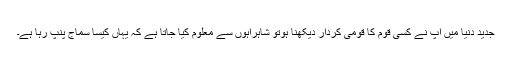
جدید دنیا میں آپ نے کسی قوم کا قومی کردار دیکھنا ہوتو شاہراہوں سے معلوم کیا جاتا ہے کہ یہاں کیسا سماج پنپ رہا ہے۔